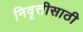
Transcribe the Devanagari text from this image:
निवृत्तीसाठी